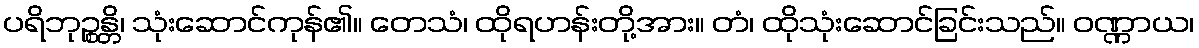
ပရိဘုဉ္စန္တိ၊ သုံးဆောင်ကုန်၏။ တေသံ၊ ထိုရဟန်းတို့အား။ တံ၊ ထိုသုံးဆောင်ခြင်းသည်။ ဝဏ္ဏာယ၊